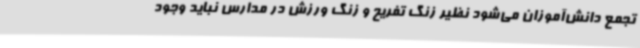
تجمع دانش‌آموزان می‌شود نظیر زنگ تفریح و زنگ ورزش در مدارس نباید وجود